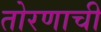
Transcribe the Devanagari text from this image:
तोरणाची